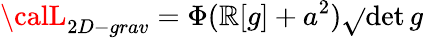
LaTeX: {\calL}_{2D-grav}=\Phi(\mathbb{R}[g]+a^{2})\sqrt{}{{\operatorname*{det}g}}